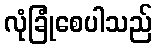
လုံခြုံစေပါသည်